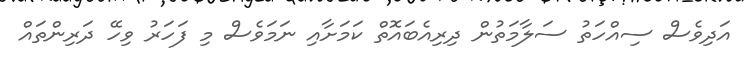
އަދިވެސް ސިއްހަތު ސަލާމަތުން ދިރިއެބައޮތް ކަމަށާއި ނަމަވެސް މި ފަހަރު ވިހޭ ދަރިންތައް